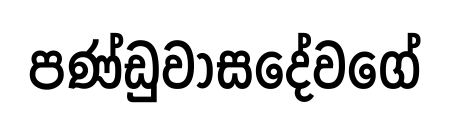
පණ්ඩුවාසදේවගේ